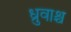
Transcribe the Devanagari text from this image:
ध्रुवाश्च